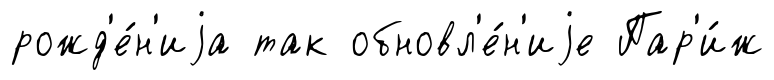
рожд'е́н'иjа так обновл'е́н'иjе Пар'и́ж